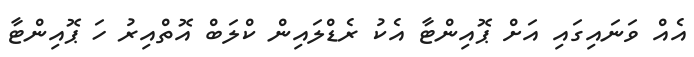
އެއް ވަނައިގައި އަށް ޕޮއިންޓާ އެކު ރެޑްލައިން ކްލަބް އޮތްއިރު ހަ ޕޮއިންޓާ